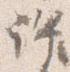
許